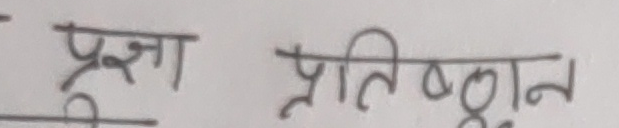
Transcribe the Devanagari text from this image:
प्रज्ञा प्रतिष्ठान